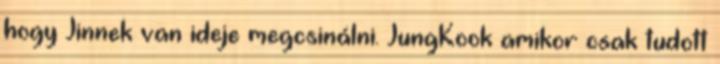
hogy Jinnek van ideje megcsinálni. JungKook amikor csak tudott